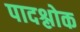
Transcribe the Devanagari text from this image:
पादश्लोक